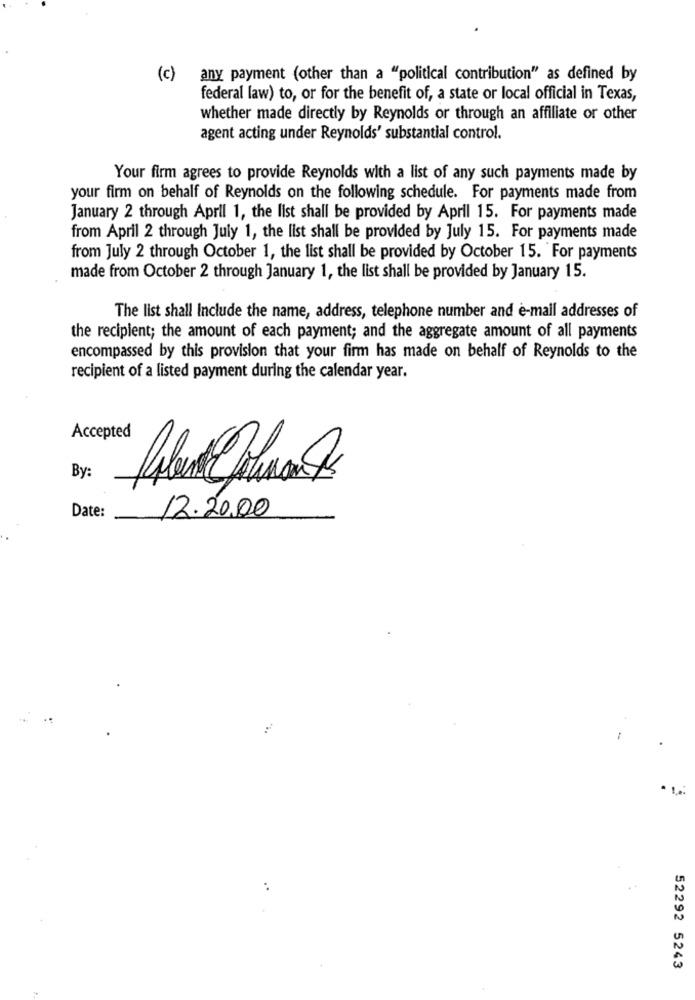
(c)
any payment (other than a "political contribution" as defined by
federal law) to, or for the benefit of, a state or local official in Texas,
whether made directly by Reynolds or through an affiliate or other
agent acting under Reynolds' substantial control.
Your firm agrees to provide Reynolds with a list of any such payments made by
your firm on behalf of Reynolds on the following schedule. For payments made from
January 2 through April 1, the list shall be provided by April 15. For payments made
from April 2 through July 1, the list shall be provided by July 15. For payments made
from July 2 through October 1, the list shall be provided by October 15. For payments
made from October 2 through January 1, the list shall be provided by January 15.
The list shall Include the name, address, telephone number and e-mail addresses of
the recipient; the amount of each payment; and the aggregate amount of all payments
encompassed by this provision that your firm has made on behalf of Reynolds to the
recipient of a listed payment during the calendar year.
Accepted
By:
Date:
12.20.00
52292 5243